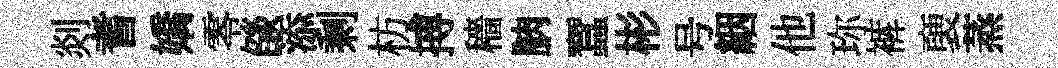
剡耆嬌零燄添剩枋搏穡朒蠶彬号絪他珎裤褏蒸